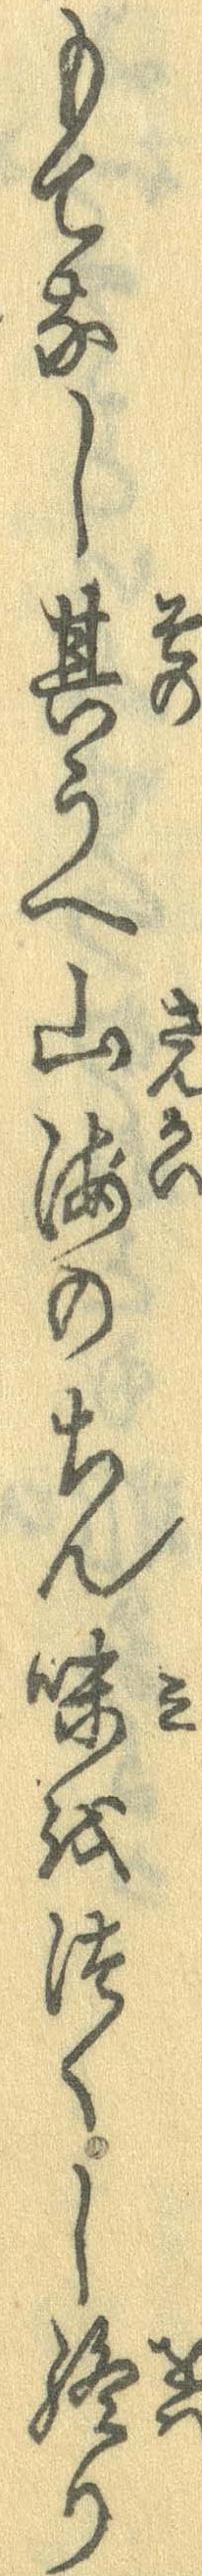
もてなし其うへ山海のちん味をつくし終り